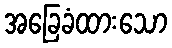
အခြေခံထားသော